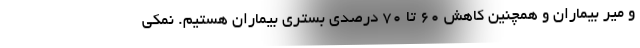
و میر بیماران و همچنین کاهش ۶۰ تا ۷۰ درصدی بستری بیماران هستیم. نمکی